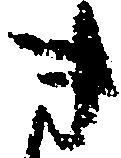
き